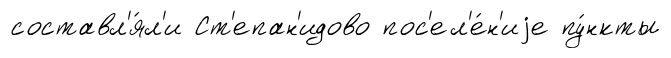
составл'я́л'и Ст'епан'идово пос'ел'е́н'иjе пу́нкты